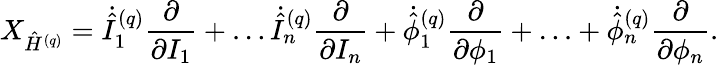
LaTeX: X_{\hat{H}^{(q)}}=\dot{\hat{I}}_{1}^{(q)}\frac{\partial}{\partial I_{1}}+\ldots\dot{\hat{I}}_{n}^{(q)}\frac{\partial}{\partial I_{n}}+\dot{\hat{\phi}}_{1}^{(q)}\frac{\partial}{\partial\phi_{1}}+\ldots+\dot{\hat{\phi}}_{n}^{(q)}\frac{\partial}{\partial\phi_{n}}.